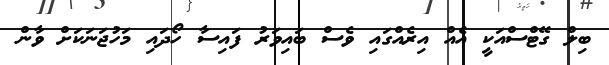
ބިލް ގޭޓްސްއަކީ އެއް އިރެއްގައި ވެސް ބައިވަރު ފައިސާ ހޯދައި މަހުޖަނަކަށް ވާން